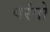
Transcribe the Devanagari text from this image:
परंतो